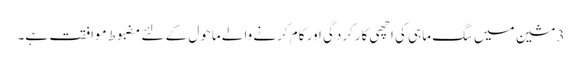
3 مشین میں سگ ماہی کی اچھی کارکردگی اور کام کرنے والے ماحول کے لئے مضبوط موافقت ہے۔